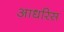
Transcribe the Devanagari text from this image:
आधरिस